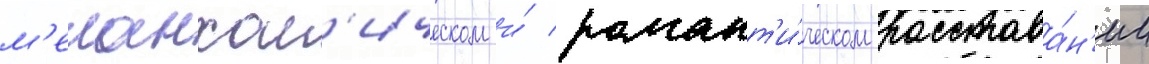
м'еланхол'ическом и́ романт'и́ческом расстава́н'ии